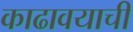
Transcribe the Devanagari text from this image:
काढावयाची